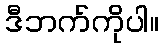
ဒီဘက်ကိုပါ။